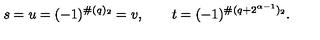
s = u = ( - 1 ) ^ { \# ( q ) _ { 2 } } = v , \qquad t = ( - 1 ) ^ { \# ( q + 2 ^ { \alpha - 1 } ) _ { 2 } } .